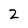
Character: 2